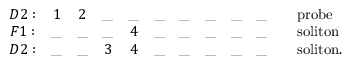
\begin{array} { c c c c c c c c c c l } { { D 2 : } } & { { 1 } } & { { 2 } } & { { \_ } } & { { \_ } } & { { \_ } } & { { \_ } } & { { \_ } } & { { \_ } } & { { \_ } } & { { \quad \mathrm { p r o b e } \nonumber } } \\ { { F 1 : } } & { { \_ } } & { { \_ } } & { { \_ } } & { { 4 } } & { { \_ } } & { { \_ } } & { { \_ } } & { { \_ } } & { { \_ } } & { { \quad \mathrm { s o l i t o n } \nonumber } } \\ { { D 2 : } } & { { \_ } } & { { \_ } } & { { 3 } } & { { 4 } } & { { \_ } } & { { \_ } } & { { \_ } } & { { \_ } } & { { \_ } } & { { \quad \mathrm { s o l i t o n . } } } \end{array}